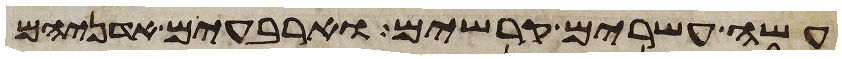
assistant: עשה עשרים קרשים וארבעים אדניהם